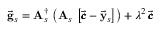
\vec { \bf g } _ { s } = { \bf A } _ { s } ^ { \dagger } \, \left( { \bf A } _ { s } \, \left[ \vec { \pmb { c } } - \vec { \bf y } _ { s } \right] \right) + \lambda ^ { 2 } \, \vec { \pmb { c } }